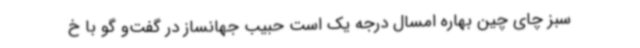
سبز چای چین بهاره امسال درجه یک است حبیب جهانساز در گفت‌و گو با خ